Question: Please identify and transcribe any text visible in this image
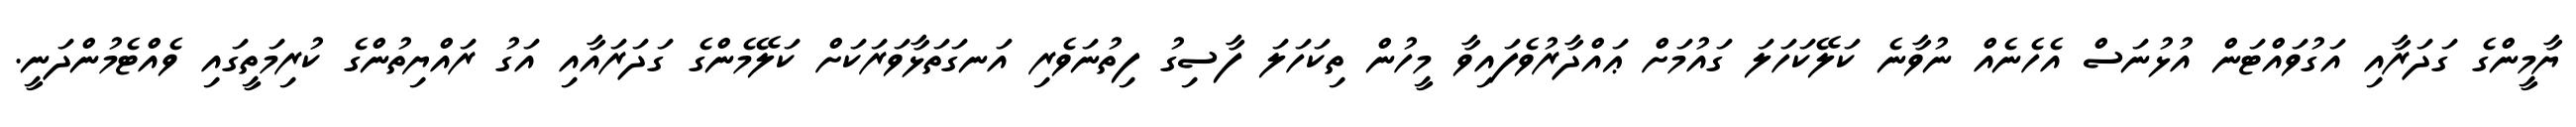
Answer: ޔާމީންގެ ގަދަރާއި އަގުވައްޓަން އުޅުނަސް އެހެނެއް ނުވާނެ ކަލޭކަހަލަ ގައުމަށް ޢައްދާރުވެފައިވާ މީހުން ތިކަހަލަ ފާސިގު ފިތުނަވެރި އަނގަތަޅާވަރަކަށް ކަލޭމެންގެ ގަދަރައާއި އަގު ރައްޔިތުންގެ ކުރިމަތީގައި ވެއްޓެމުންދަނީ.